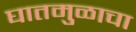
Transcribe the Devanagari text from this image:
घातमुळाचा